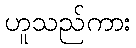
ဟူသည်ကား